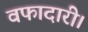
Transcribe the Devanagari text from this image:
वफादारी।